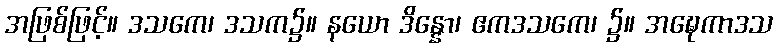
အဖြစ်ဖြင့်။ ဒသကေ၊ ဒသက၌။ နယော ဒိန္နော၊ ဧကဒသကေ၊ ၌။ အဍ္ဎေကာဒသ